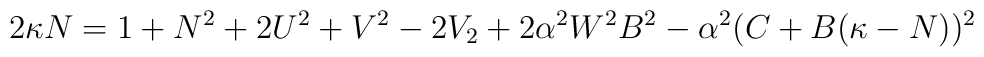
2\kappa N = 1+N^2+2U^2+V^2-2V_2 + 2\alpha^2W^2B^2-\alpha^2(C+B(\kappa-N))^2